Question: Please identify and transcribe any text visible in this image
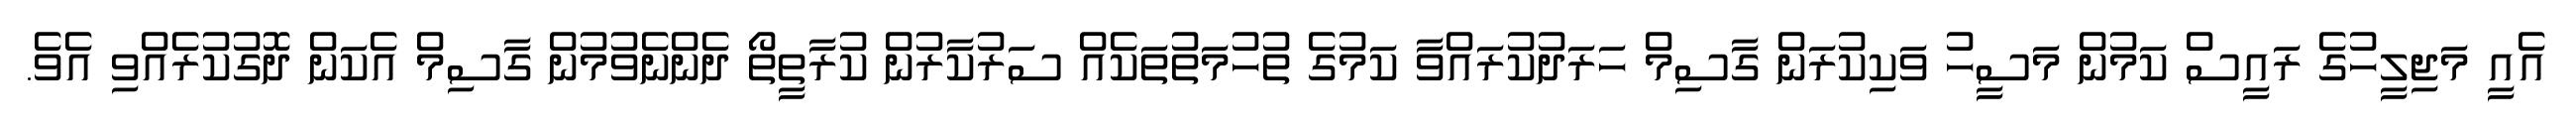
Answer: އެއީ މަޖިލީހުގެ ރައީސް ކަމުން މަސީހު ވަކިކުރަން ގާސިމް ހަރަދުކުރައްވާ ކަމުގެ ތުހުމަތުތަކެއް ސަރުކާރުން ކުރާތީތޯ ދެންނެވުމުން ގާސިމް އެކަން ދޮގުކުރެއްވި އެވެ.